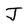
Character: J